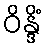
ဝိန္ဒိံ